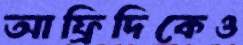
আফ্রিদিকেও